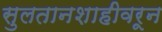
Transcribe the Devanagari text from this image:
सुलतानशाहीवरून